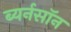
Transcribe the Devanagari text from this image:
ब्यर्नसॉन